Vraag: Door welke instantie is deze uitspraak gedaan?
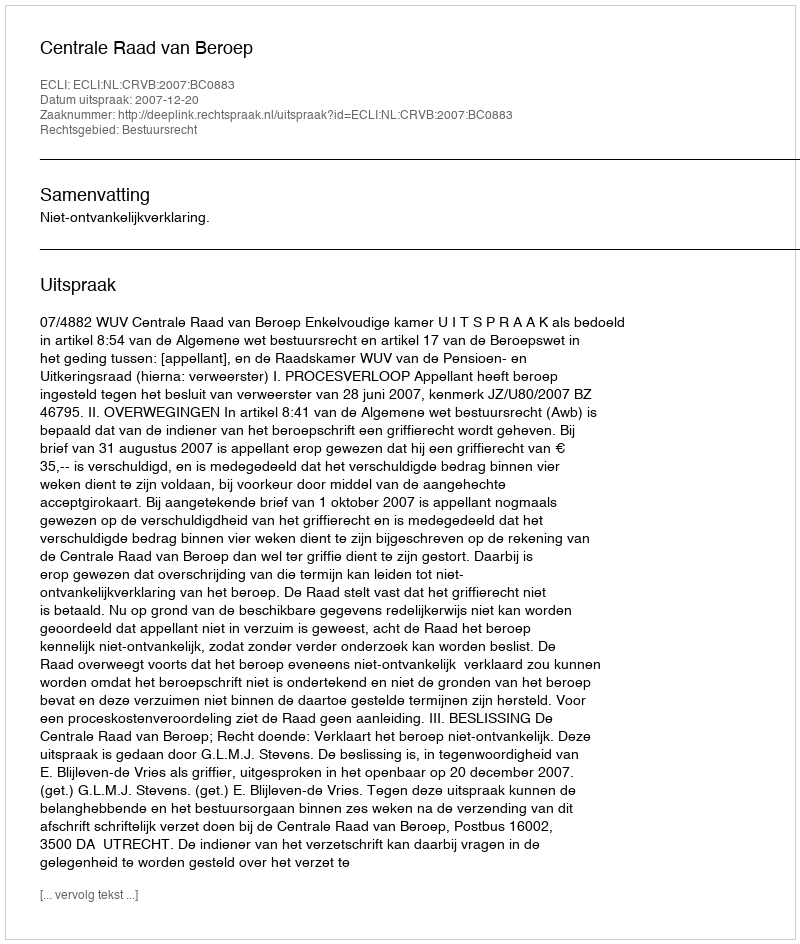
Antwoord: Centrale Raad van Beroep